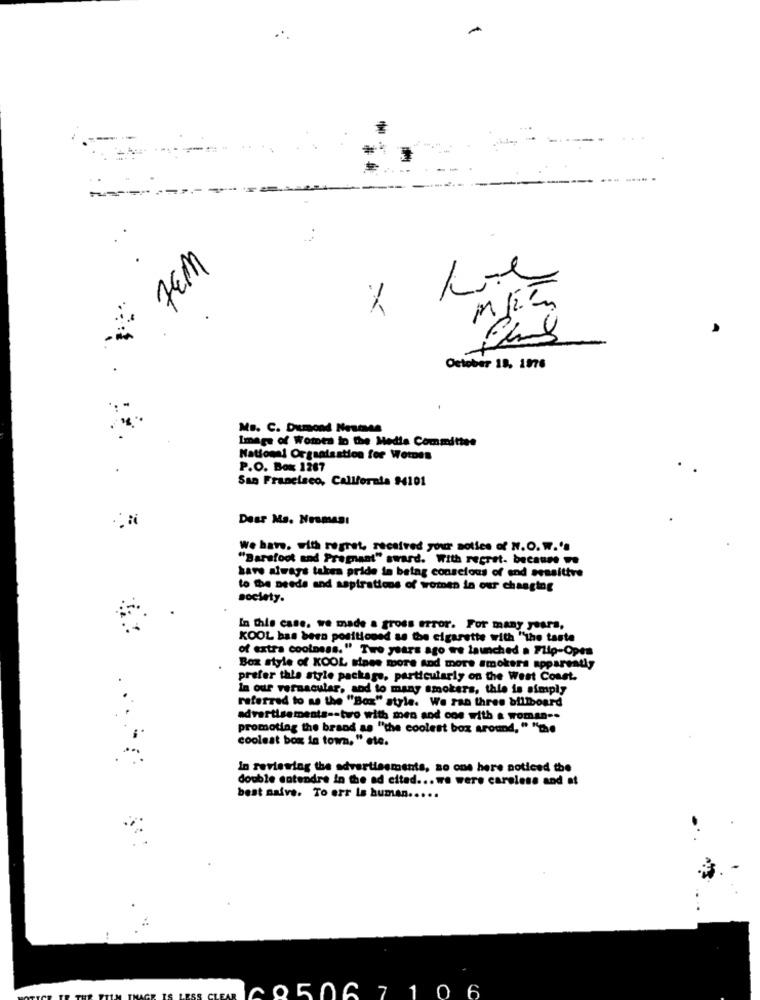
-
7EM
7
13
October 18, 1976
Mo. C. Dumond Nestes
Image of Womes to the Media Committee
National Organisation for WotDes
P.O. Box 1267
San Francisco, California $4101
Desr Ma. Nesması
We have. with regret, received your sotics of N.O. W.'s
"Barafoot and Pregnant" sward. With recret. because
have always takes pride in being conscious of end sensitive
to the needs and aspirations of women in our changing
society.
In this case. we made a gross error. For many years,
KOOL bas been positioned as the cigarette with "the taste
of extra coolness." Two years ago we launched a Flip-Open
Box style of KOOL tines more And more smokers apparently
prefer this style package, particularly on the West Coast.
in our vernacular, sod to many smokers, thie is simply
referred to as the "Box" style. We ran three billboard
advertisements -- two with men and one with a woman -.
promoting the brand as "the coolest box around, " "the
coolest box in town, "ete.
In reviewing the advertisements, so one here noticed the
double entendre in the ad citad ... we were careless and at
best naive. To err la human .....
9506 7 106